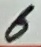
Text: 6